Indian journal of veterinary science and animal husbandry - Volume 10,
Year: 1940
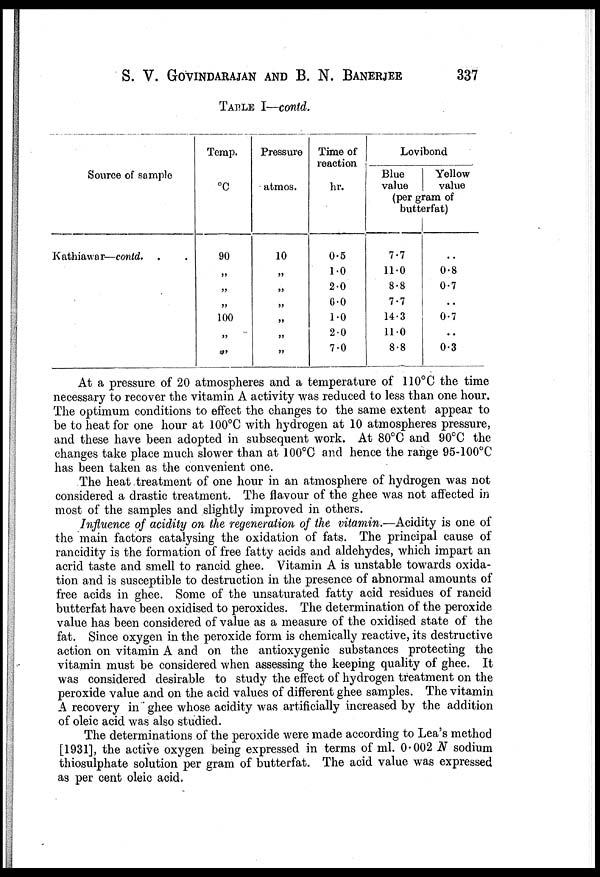
S. V. GOVINDARAJAN AND B. N. BANERJEE
337
TABLE I—contd.
Source of sample
Kathiawar—contd. . .
Temp.
°C
90
„
„
„
100
„
„
Pressure
atmos.
10
„
„
„
„
„
„
Time of
reaction
hr.
0.5
1.0
2.0
6.0
1.0
2.0
7.0
Lovibond
Blue
value
Yellow
value
(per gram of
butterfat)
7.7
11.0
8.8
7.7
14.3
11.0
8.8
..
0.8
0.7
..
0.7
..
0.3
At a pressure of 20 atmospheres and a temperature of 110°C the time
necessary to recover the vitamin A activity was reduced to less than one hour.
The optimum conditions to effect the changes to the same extent appear to
be to heat for one hour at 100°C with hydrogen at 10 atmospheres pressure,
and these have been adopted in subsequent work. At 80°C and 90°C the
changes take place much slower than at 100°C and hence the range 95-100°C
has been taken as the convenient one.
The heat treatment of one hour in an atmosphere of hydrogen was not
considered a drastic treatment. The flavour of the ghee was not affected in
most of the samples and slightly improved in others.
Influence of acidity on the regeneration of the vitamin.—Acidity is one of
the main factors catalysing the oxidation of fats. The principal cause of
rancidity is the formation of free fatty acids and aldehydes, which impart an
acrid taste and smell to rancid ghee. Vitamin A is unstable towards oxida-
tion and is susceptible to destruction in the presence of abnormal amounts of
free acids in ghee. Some of the unsaturated fatty acid residues of rancid
butterfat have been oxidised to peroxides. The determination of the peroxide
value has been considered of value as a measure of the oxidised state of the
fat. Since oxygen in the peroxide form is chemically reactive, its destructive
action on vitamin A and on the antioxygenic substances protecting the
vitamin must be considered when assessing the keeping quality of ghee. It
was considered desirable to study the effect of hydrogen treatment on the
peroxide value and on the acid values of different ghee samples. The vitamin
A recovery in ghee whose acidity was artificially increased by the addition
of oleic acid was also studied.
The determinations of the peroxide were made according to Lea's method
[1931], the active oxygen being expressed in terms of ml. 0.002 N sodium
thiosulphate solution per gram of butterfat. The acid value was expressed
as per cent oleic acid.